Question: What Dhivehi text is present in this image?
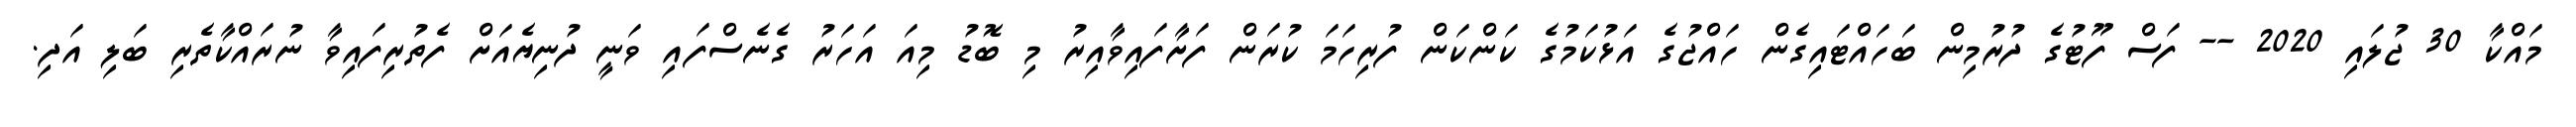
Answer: މައްކާ 30 ޖުލައި 2020 -- ފަސް ފޫޓުގެ ދުރުމިން ބަހައްޓައިގެން ހައްޖުގެ އަޅުކަމުގެ ކަންކަން ފުރިހަމަ ކުރަން ފަށާފައިވާއިރު މި ބޮޑު މިއަ އަހަރު ގެނެސްފައި ވަނީ ދުނިޔެއަށް ފެތުރިފައިވާ ނުރައްކާތެރި ބަލި އަދި.